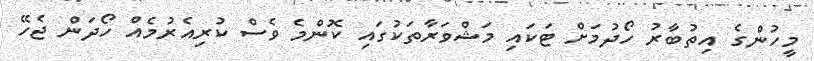
މީހުންގެ އިތުބާރު ހޯދުމަށް ޓަކައި މަޝްވަރާތަކުގައި ކޮންމެ ވެސް ކުރިއެރުމެއް ހޯދަން ޖެހޭ